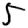
Digit: 5